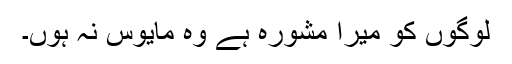
لوگوں کو میرا مشورہ ہے وہ مایوس نہ ہوں۔